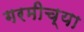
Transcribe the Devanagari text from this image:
गरमीच्या